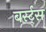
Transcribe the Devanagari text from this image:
बर्स्ट्‌स